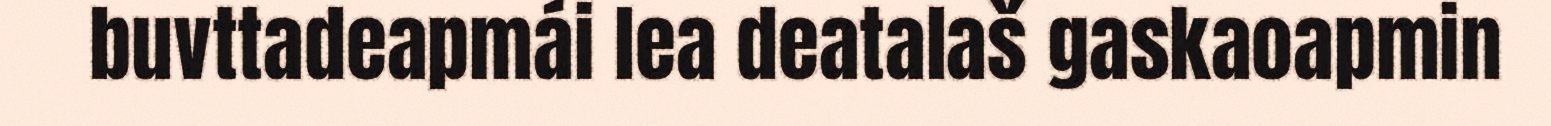
buvttadeapmái lea deatalaš gaskaoapmin